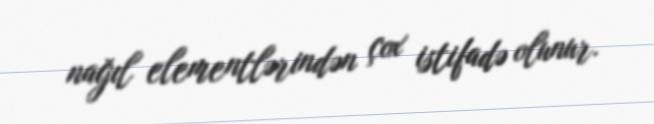
nağıl elementlərindən çox istifadə olunur.